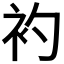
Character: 𧘑